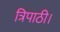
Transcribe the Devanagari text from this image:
त्रिपाठी।